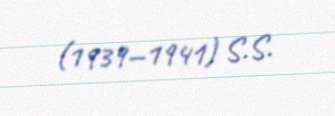
(1939—1941) S.S.